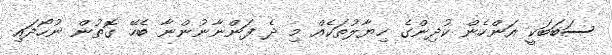
ސަބަބަކީ އަންހެން ކުދިންގެ ހިޔާލުތަކެއް މި ދެ ފަންނާނުންނާ ބެހޭ ގޮތުން ނުހޯދައި